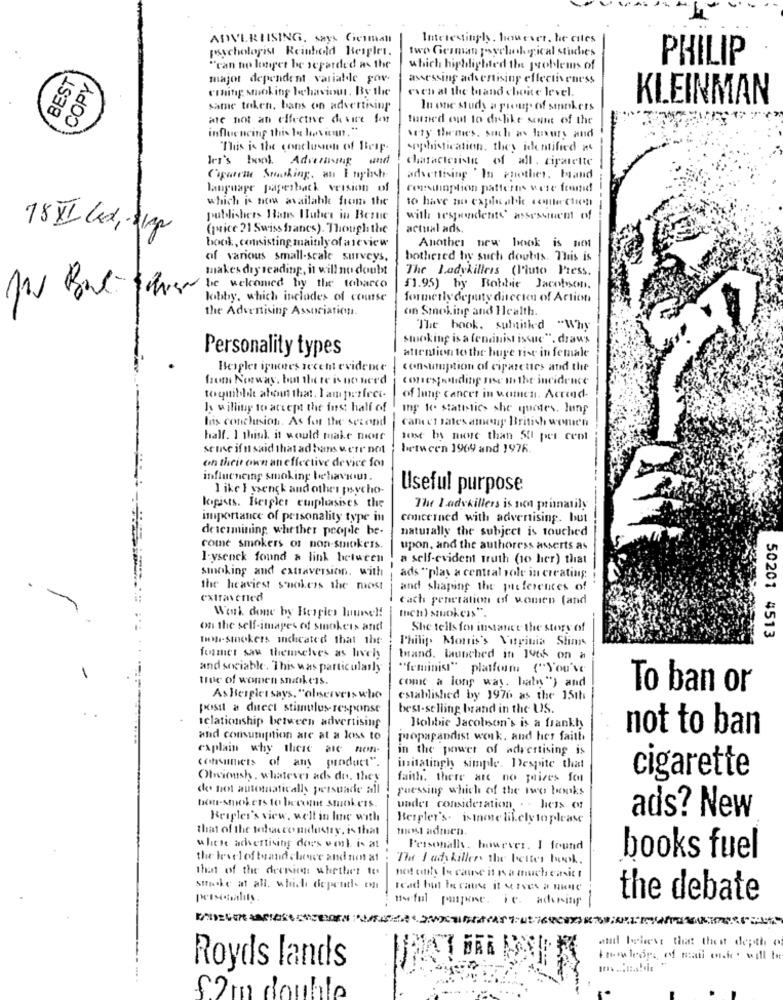
ADVERTISING, says German
Interestingly, however, he cites
psychologist Reinhold Bespler.
two German psychological studies
PHILIP
BEST
"can no longer be separded as the
which highlighted the problems of
COPY
major dependent variable gov.
assessing advertising effectiveness
cmning smoking behaviour. By the
even al the brand choice level.
KLEINMAN
same token, bans on advertising
In one study a group of smokers
are not an effective desire for
turned out to delike some of the
influencing this le lovicun."
very thenwe's, such as luxury and
This is the conclusion of Beip-
sophistication. they identified as
let's boot. Advertising and
charactesiste of all. cigarette
Capacit Smoking, an I nich
advertising 'In Prothes, brand
language paperback version of
consilioption patterns were found
which is now available from the
publishers Hans Huber in Bezue
with wespendente asseseuen of
18 XI Led, 31g
(price ?1 Swiss francs). Though the
actual ads.
book, consisting mainly of areview
Another new book is not
of various small-scale surveys,
bothered by such doubts. This is
makes dry reading, it will no doubt
The Ladykillers (l'iuto P'ress.
be welcomed by the tobacco
51.95) by Robbie Jacobson.
lobby, which includes of course
formerly deputy directe of Action
the Advertising Association.
on Smoking and Health.
The book. subtitled "Why
smoking is a fendnist issue". draus
Personality types
attention to the huge rise in female
Besplet ipnones recent evidence
consumption of cigarettes and the
from Norway, but there isno need
conestohiding nse u the incidence
toquibild about that. Iam perfect-
of lung cancer in women. Actend-
Is willing to accept the ins: half of
Ing to statistics she quedes. Jung
his conclusion. As for the second
cancer rates among British wonen
half. 1 this, it would make niente
sort by more than 50 per cent
serve if n said that ad bans vete not
between 1969 and 1976.
on their own an effective device for
influencing smoking behaviour.
I ike I ysenck and other psycho-
Useful purpose
kigists. Beigler emphasises the
The Ladykillers is non primarily
importance of personality type in
concerned with advertising. but
determining whether people be-
naturally the subject is touched
come smokers of non-smokers.
upon, and the authoress awerts as
I-ysenck found a link between
a self-evident truth (10 her) that
smoking and extraversion, with
ads "play a central role in creating
the heaviest smokers the most
and shaping the preferences of
each generation of women (and
Ich) smokers".
on the self-images of smokers and
She tells for instance the story of
50201 4513
non-smokers ichcated that the
Philip Morris's Vitpiuia Stin
fumer saw themselves as lively
tand. launched in 14th on a
and sociable. This was particularly
"feminist" platform ("You've
true of women snickers.
come a long way. baby") and
To ban or
As Bergletsays, "oleservers who
established by 1976 as the 15th
posit a duect stimulus-response
best-selling brand in the US.
relationship between advertising
Bobbie Jacobson's is a frankly
not to ban
and consumption ate at a loss to
propagandist work, and her faith.
explain why these are non-
in the power of advertising is
consumicts of any product".
initatinghy simple. Despite that
Obvioush, whatever ads do, they
faith. there are no pires four
cigarette
do not automatically persuade all
puessing which of the two books
bon-smokers to becent stunkers.
vader consideration . . Hiess of
Beagler's view, we'll in line with
Bergler's. isinmore likely to please
ads? New
that of the tobacco midustry. is that
most admien.
where advertising does work is at
Personally, however. I found
the levelofteand choose and not at
The I ady killers the better book.
books fuel
that of the drening: whether te
not only because it Is a muchcasita
stocke at all. which depentl- en
the debate
and believe that thest depth o
Amoledes of mail conde . will be
Royds lands
$2 m double